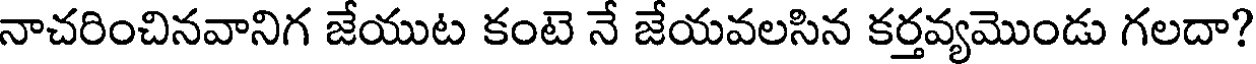
నాచరించినవానిగ జేయుట కంటె నే జేయవలసిన కర్తవ్యమొండు గలదా?